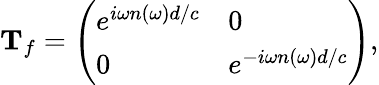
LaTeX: \begin{array}{r}{\mathbf T_{f}=\left(\begin{array}{ll}{e^{i\omega n(\omega)d/c}}&{0}\\ {0}&{e^{-i\omega n(\omega)d/c}}\end{array}\right),}\end{array}